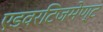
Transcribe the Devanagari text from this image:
एडवरटिजमेण्ट